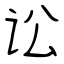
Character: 讼